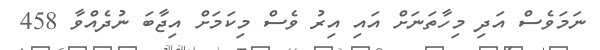
ނަމަވެސް އަދި މިހާތަނަށް އައި އިރު ވެސް މިކަމަށް އިޖާބަ ނުދެއްވާ 458